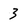
Character: 3